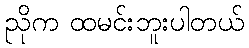
ညိုက ထမင်းဘူးပါတယ်